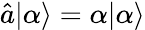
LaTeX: {\hat{a}}|\alpha\rangle=\alpha|\alpha\rangle